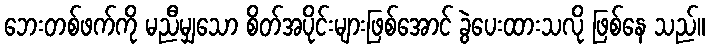
ဘေးတစ်ဖက်ကို မညီမျှသော စိတ်အပိုင်းများဖြစ်အောင် ခွဲပေးထားသလို ဖြစ်နေ သည်။